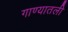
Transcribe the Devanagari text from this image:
गाण्यातली